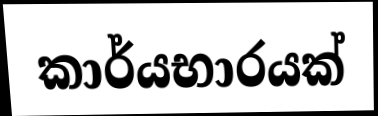
කාර්යභාරයක්